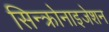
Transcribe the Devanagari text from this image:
सिन्क्रोनाइजेशन